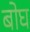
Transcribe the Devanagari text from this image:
बोघ